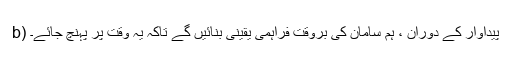
b) پیداوار کے دوران ، ہم سامان کی بروقت فراہمی یقینی بنائیں گے تاکہ یہ وقت پر پہنچ جائے۔